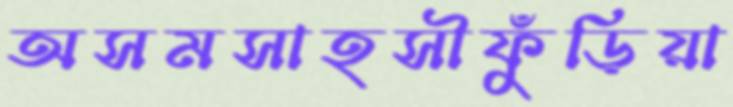
অসমসাহসীফুঁড়িয়া